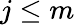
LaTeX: j\leq m